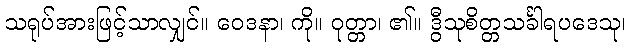
သရုပ်အားဖြင့်သာလျှင်။ ဝေဒနာ၊ ကို။ ဝုတ္တာ၊ ၏။ ဒွီသုစိတ္တသင်္ခါရပဒေသု၊